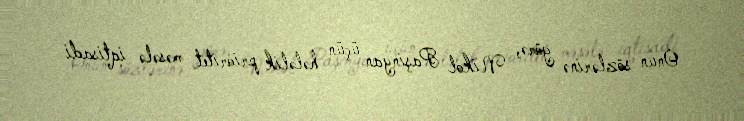
Onun sözlərinə görə, Nikol Paşinyan üçün hələlik prioritet məsələ iqtisadi